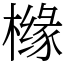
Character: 橼